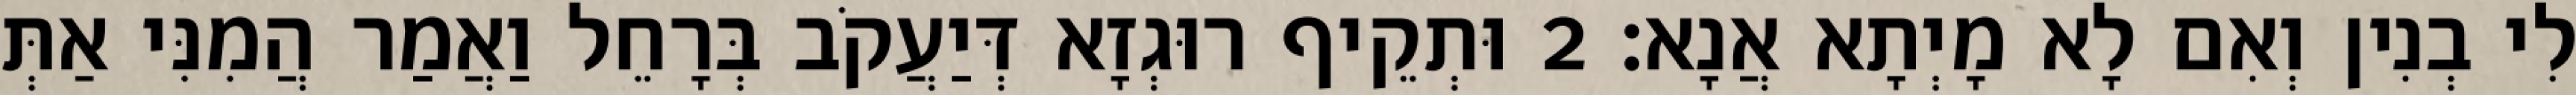
לִי בְנִין וְאִם לָא מָיְתָא אֲנָא׃ 2 וּתְקֵיף רוּגְזָא דְּיַעֲקֹב בְּרָחֵל וַאֲמַר הֲמִנִּי אַתְּ